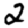
Digit: 2